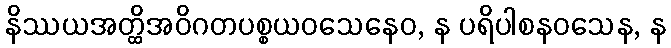
နိဿယအတ္ထိအဝိဂတပစ္စယဝသေနေဝ, န ပရိပါစနဝသေန, န